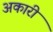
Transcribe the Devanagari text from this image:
अकारी